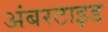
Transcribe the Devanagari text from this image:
अंबरटाइड